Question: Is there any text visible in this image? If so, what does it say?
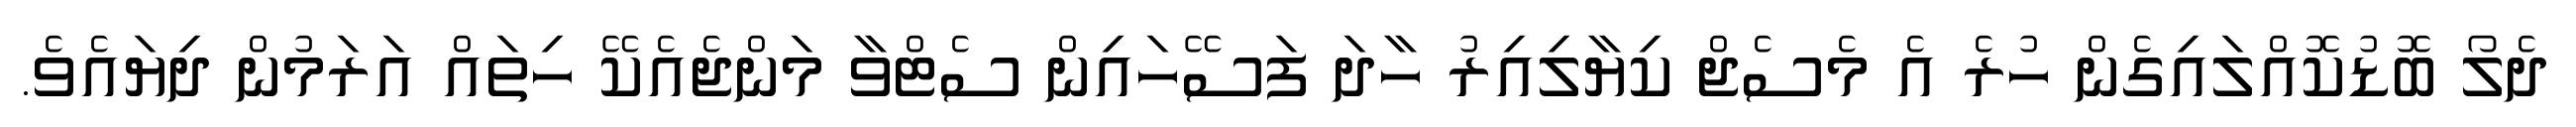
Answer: ދެލޯ ބޮޑުކޮއްލައިގެން ހުރެ އެ މެސެޖް ކިޔާލިއިރު ހާދަ ފަސޭހައިން ސެޓްވާ މަންޖެއެކޭ ހިތައް އަރަމުން ދިޔައެވެ.